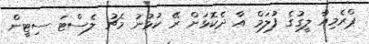
ޕްރެމިއާ ލީގުގެ ފުލަމް އާ ދެކޮޅަށް ރޭ ކުޅުނު މެޗު ލެސްޓަ ސިޓީން